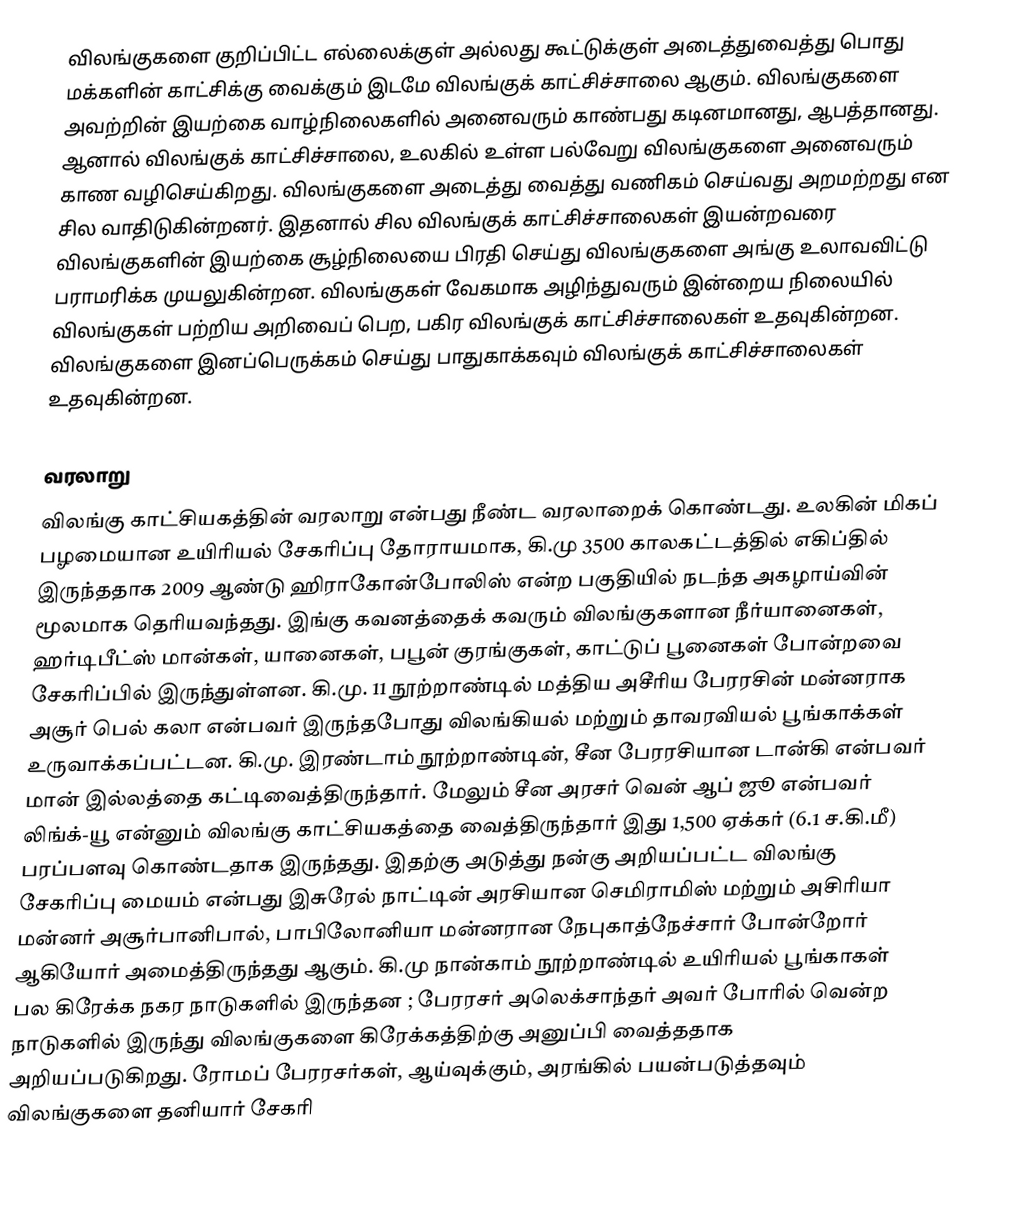
விலங்குகளை குறிப்பிட்ட எல்லைக்குள் அல்லது கூட்டுக்குள் அடைத்துவைத்து பொது மக்களின் காட்சிக்கு வைக்கும் இடமே விலங்குக் காட்சிச்சாலை ஆகும். விலங்குகளை அவற்றின் இயற்கை வாழ்நிலைகளில் அனைவரும் காண்பது கடினமானது, ஆபத்தானது. ஆனால் விலங்குக் காட்சிச்சாலை, உலகில் உள்ள பல்வேறு விலங்குகளை அனைவரும் காண வழிசெய்கிறது. விலங்குகளை அடைத்து வைத்து வணிகம் செய்வது அறமற்றது என சில வாதிடுகின்றனர். இதனால் சில விலங்குக் காட்சிச்சாலைகள் இயன்றவரை விலங்குகளின் இயற்கை சூழ்நிலையை பிரதி செய்து விலங்குகளை அங்கு உலாவவிட்டு பராமரிக்க முயலுகின்றன. விலங்குகள் வேகமாக அழிந்துவரும் இன்றைய நிலையில் விலங்குகள் பற்றிய அறிவைப் பெற, பகிர விலங்குக் காட்சிச்சாலைகள் உதவுகின்றன. விலங்குகளை இனப்பெருக்கம் செய்து பாதுகாக்கவும் விலங்குக் காட்சிச்சாலைகள் உதவுகின்றன.

வரலாறு
விலங்கு காட்சியகத்தின் வரலாறு என்பது நீண்ட வரலாறைக் கொண்டது. உலகின் மிகப் பழமையான உயிரியல் சேகரிப்பு  தோராயமாக, கி.மு 3500 காலகட்டத்தில் எகிப்தில் இருந்ததாக  2009 ஆண்டு ஹிராகோன்போலிஸ் என்ற பகுதியில் நடந்த அகழாய்வின் மூலமாக தெரியவந்தது. இங்கு கவனத்தைக் கவரும் விலங்குகளான நீர்யானைகள், ஹர்டிபீட்ஸ் மான்கள், யானைகள், பபூன் குரங்குகள், காட்டுப் பூனைகள் போன்றவை சேகரிப்பில் இருந்துள்ளன.  கி.மு. 11 நூற்றாண்டில் மத்திய அசீரிய பேரரசின் மன்னராக அசூர் பெல் கலா என்பவர் இருந்தபோது விலங்கியல் மற்றும் தாவரவியல் பூங்காக்கள் உருவாக்கப்பட்டன. கி.மு. இரண்டாம் நூற்றாண்டின், சீன பேரரசியான டான்கி என்பவர் மான் இல்லத்தை கட்டிவைத்திருந்தார். மேலும் சீன அரசர் வென் ஆப் ஜூ  என்பவர் லிங்க்-யூ என்னும் விலங்கு காட்சியகத்தை வைத்திருந்தார் இது 1,500 ஏக்கர் (6.1 ச.கி.மீ) பரப்பளவு கொண்டதாக இருந்தது. இதற்கு அடுத்து நன்கு அறியப்பட்ட விலங்கு சேகரிப்பு மையம் என்பது இசுரேல் நாட்டின் அரசியான செமிராமிஸ் மற்றும் அசிரியா மன்னர் அசூர்பானிபால், பாபிலோனியா மன்னரான நேபுகாத்நேச்சார் போன்றோர் ஆகியோர் அமைத்திருந்தது ஆகும். கி.மு நான்காம் நூற்றாண்டில் உயிரியல் பூங்காகள் பல கிரேக்க நகர நாடுகளில் இருந்தன ;  பேரரசர் அலெக்சாந்தர் அவர் போரில் வென்ற நாடுகளில் இருந்து விலங்குகளை கிரேக்கத்திற்கு அனுப்பி வைத்ததாக  அறியப்படுகிறது. ரோமப் பேரரசர்கள், ஆய்வுக்கும், அரங்கில் பயன்படுத்தவும் விலங்குகளை தனியார் சேகரி